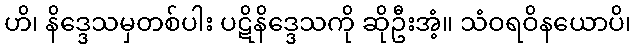
ဟိ၊ နိဒ္ဒေသမှတစ်ပါး ပဋိနိဒ္ဒေသကို ဆိုဦးအံ့။ သံဝရဝိနယောပိ၊